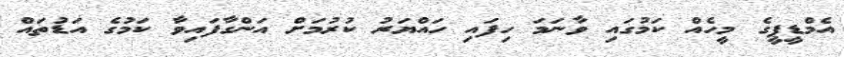
އެމްޑީޕީގެ މީހެއް ކަމުގައި ވާނަމަ ހިފައި ހައްޔަރު ކުރުމަށް އަންގާފައިވާ ކަމުގެ އަޑުތައް